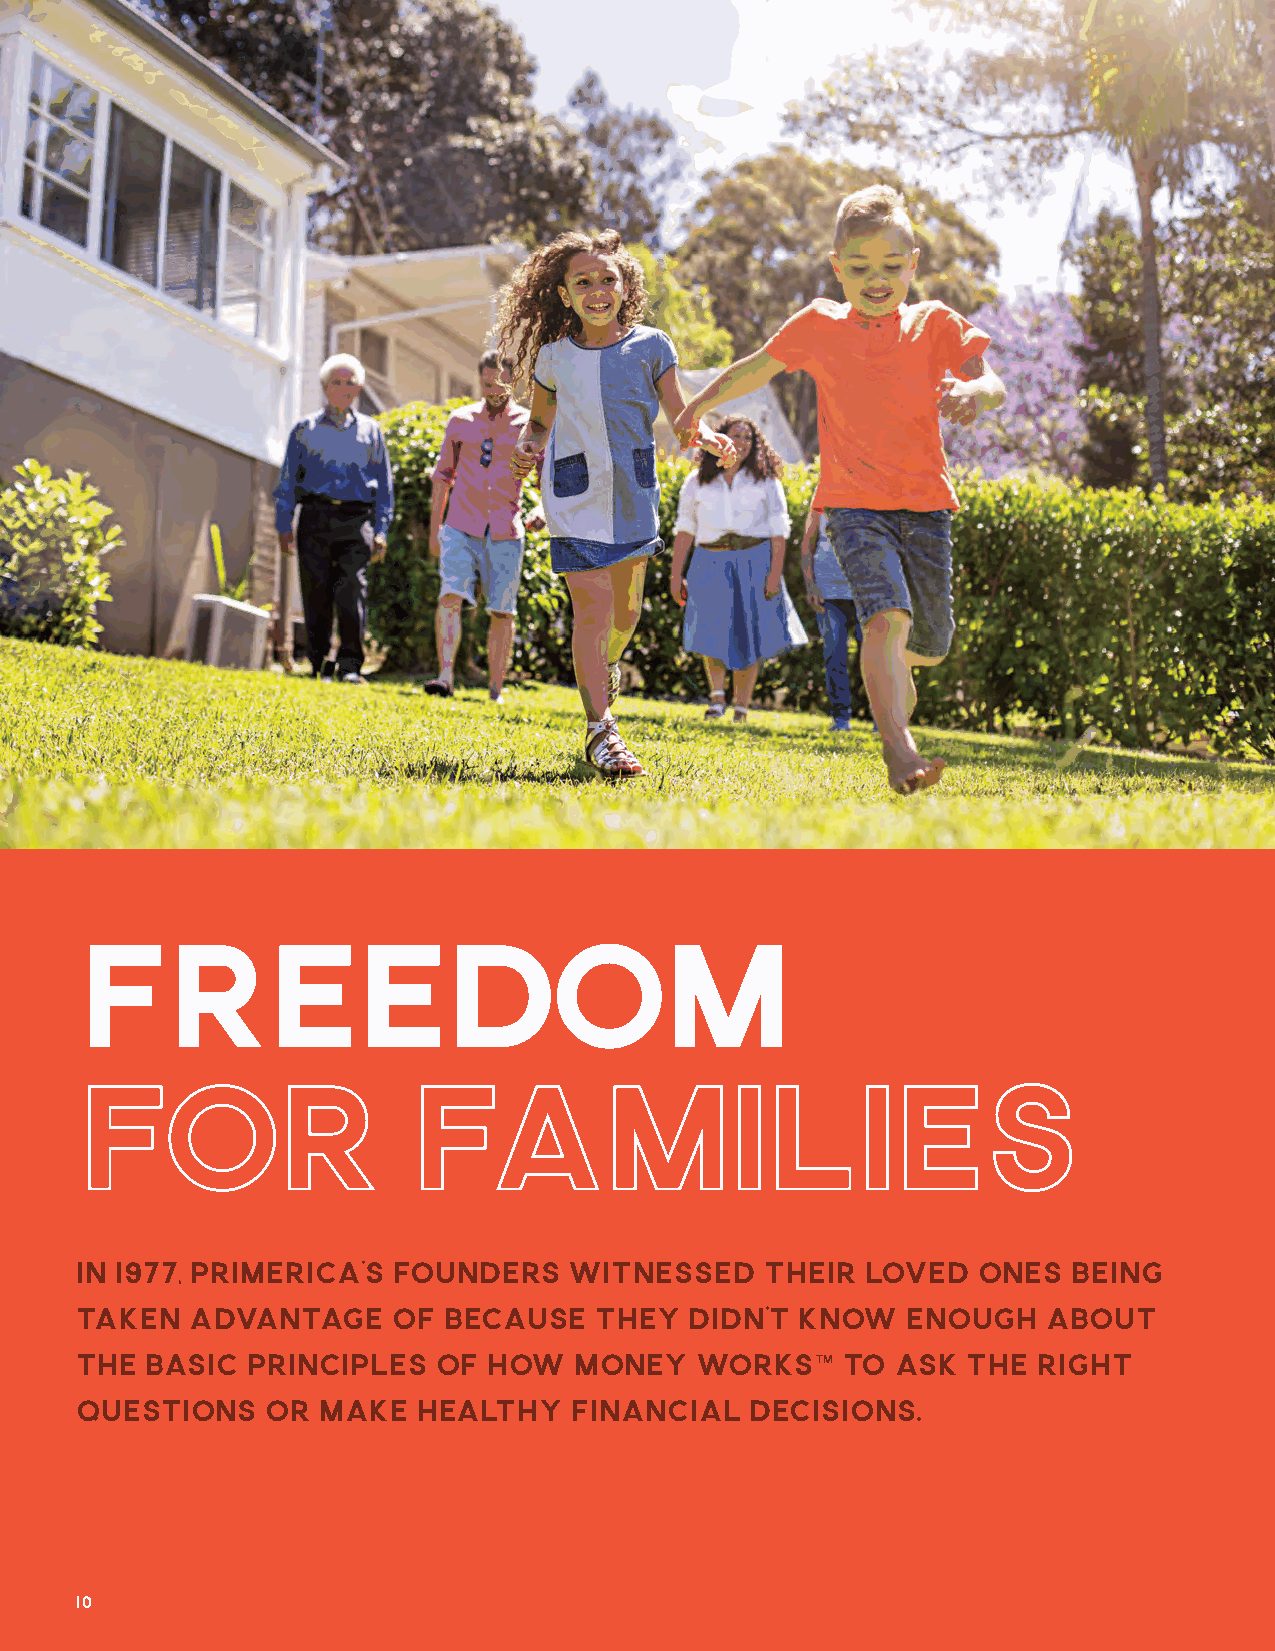
Freedom
 for                   Families
 IN 1977, PRIMERICA’S FOUNDERS    WITNESSED    THEIR LOVED   ONES  BEING
 TAKEN  ADVANTAGE     OF BECAUSE   THEY   DIDN’T KNOW   ENOUGH   ABOUT
 THE  BASIC PRINCIPLES   OF HOW   MONEY   WORKS™    TO ASK  THE  RIGHT
 QUESTIONS    OR MAKE   HEALTHY   FINANCIAL   DECISIONS.
 10